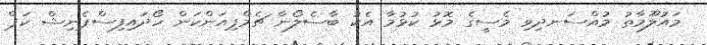
މައުލޫމާތު މުއްސަނދިވި މެސީގެ މޮޅު ކުޅުމާ އެކު ބާސެލޯނާ ޗެމްޕިއަންކަން ހޯދައިފިސްޕެނިޝް ކަޕް